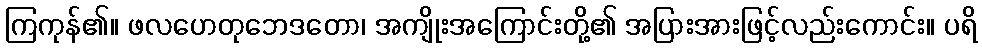
ကြကုန်၏။ ဖလဟေတုဘေဒတော၊ အကျိုးအကြောင်းတို့၏ အပြားအားဖြင့်လည်းကောင်း။ ပရိ